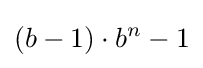
(b-1)\cdot b^{n}-1